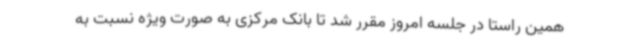
همین راستا در جلسه امروز مقرر شد تا بانک مرکزی به صورت ویژه نسبت به